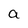
Character: a